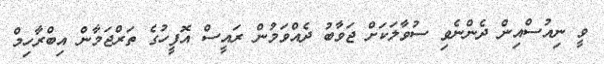
ވީ ނިއުސްއިން ދެންނެވި ސުވާލަކަށް ޖަވާބު ދެއްވަމުން ރައީސް އޮފީހުގެ ތަރްޖަމާން އިބްރާހިމް